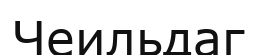
Чеильдаг